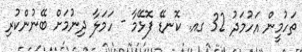
ތަހުމީން އަހުމަދު 32 ގއ. ކޮނޑޭ ފޮޅޭމާ - ހަމަލާ ދިނުމަށް ބޭނުންކުރި